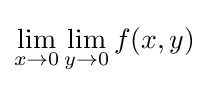
\lim _{x\to 0}\lim _{y\to 0}f(x,y)